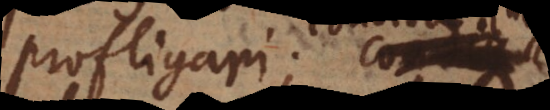
profligari; condita